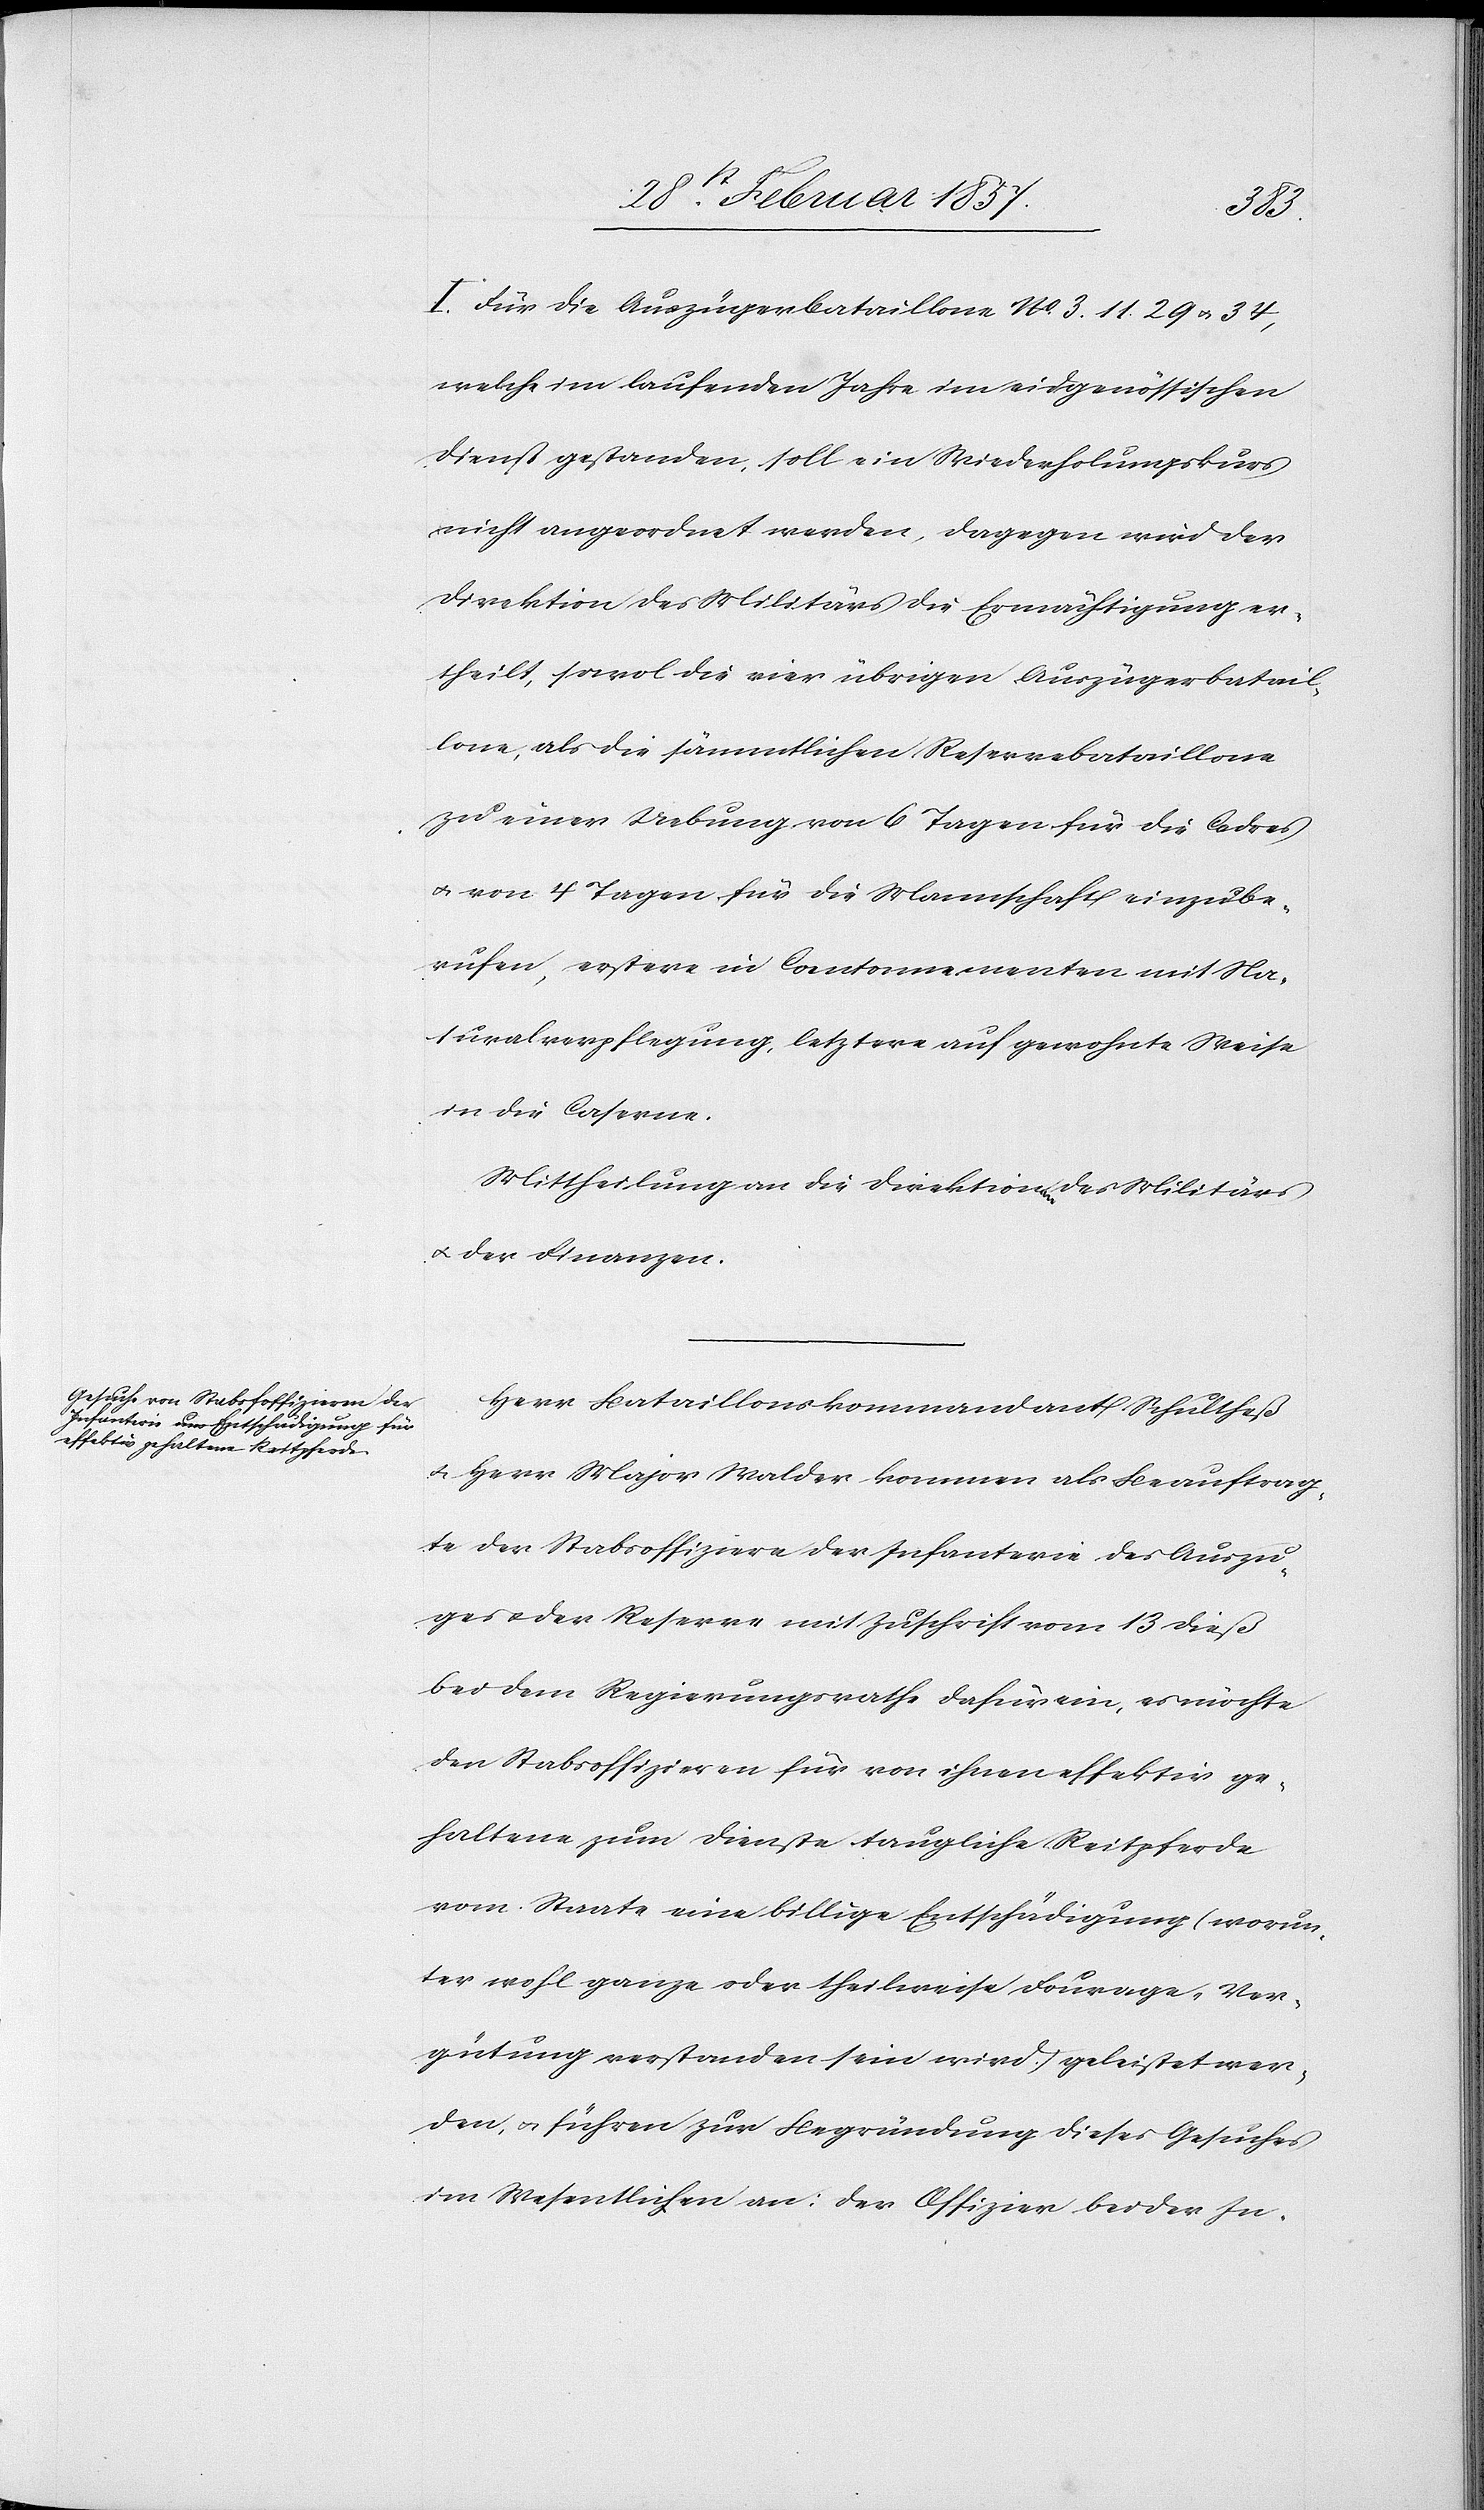
I. Für die Auszügerbataillone No 3. 11. 29 u. 34,
welche im laufenden Jahre im eidgenössischen
Dienst gestanden, soll ein Wiederholungskurs
nicht angeordnet werden, dagegen wird der
Direktion des Militärs die Ermächtigung er¬
theilt, sowol die vier übrigen Auszügerbatail¬
lone, als die sämmtlichen Reservebataillone
zu einer Uebung von 6 Tagen für die Cadres
u. von 4 Tagen für die Mannschaft einzube¬
rufen, erstere in Cantonnementen mit Na¬
turalverpflegung, letztere auf gewohnte Weise
in die Caserne.
Mittheilung an die Direktionen des Militärs
u. der Finanzen.
Herr Bataillonskommandant Schultheß
u. Herr Major Walder kommen als Beauftrag¬
te der Stabsoffiziere der Infanterie des Auszu¬
ges u. der Reserve mit Zuschrift vom 13 dieß
bei dem Regierungsrathe dafür ein, es möchte
den Stabsoffizieren für von ihnen effektiv ge¬
haltene zum Dienste taugliche Reitpferde
vom Staate eine billige Entschädigung (worun¬
ter wohl ganze oder theilweise Fourage-Ver¬
gütung verstanden sein wird) geleistet wer¬
den, u. führen zur Begründung dieses Gesuches
im Wesentlichen an: der Offizier bei der In-